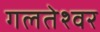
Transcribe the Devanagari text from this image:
गलतेश्वर